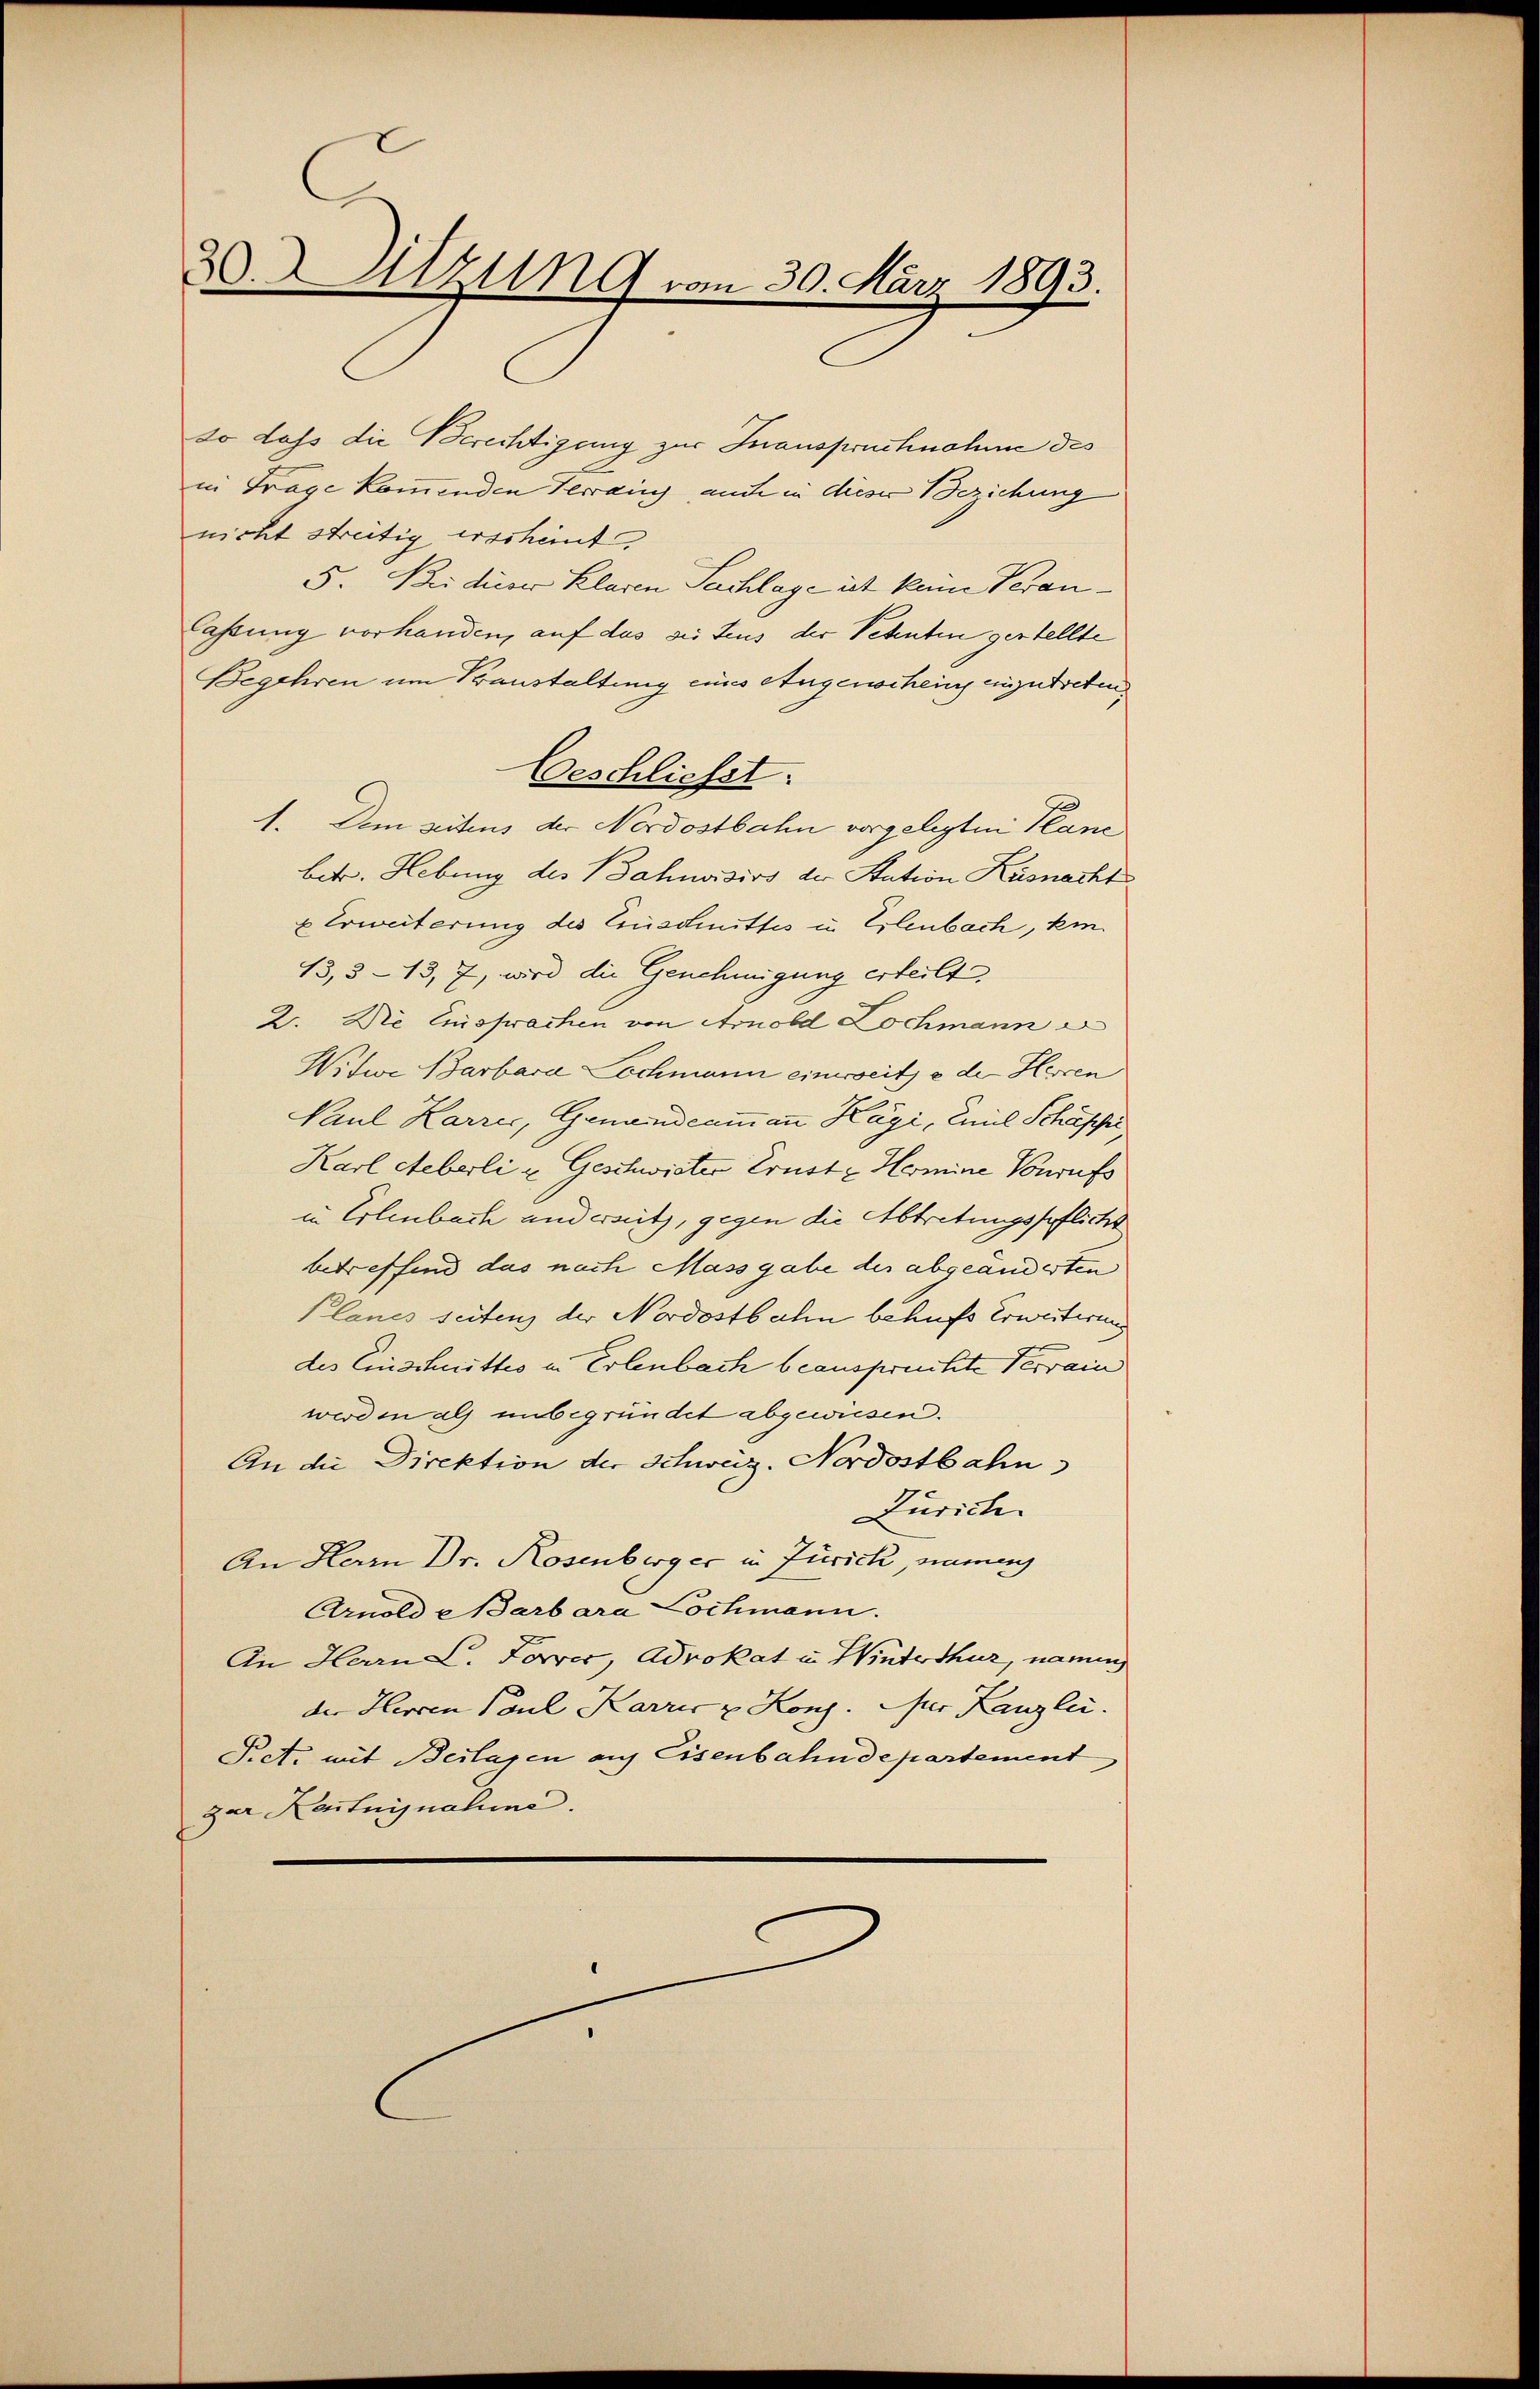
30. Sitzung vom 30. März 1893.

so dass die Berechtigung zur Inanspruchnahme des
in Frage kommenden Terrain auch in dieser Beziehung
nicht streitig erscheint,
5. Bei dieser Klaren Sachlage ist kam Veranlassung vorhanden, auf das sie teus der Petenten gestellte
Begehren um Transtaltung eines Augenscheing einzutreten,
Geschliesst.
1. Dem seitens der Nordostbahn vorgelegten Plane
betr. Hebung des Bahnvisivs der Station Küsnacht
u Erweiterung des Einschnittes in Erlenbach, kin
13,3-13, 7, wird die Genehmigung erteilt,
2. Die Einsprachen von Arnold Lochmann
Witwe Barbara Lochmann einereite der Herren
Paul Karrer, Genandeammann Kägi, Emil Schäppi,
Karl Steberli u. Geschwister Ernste Hermine Vorrufs
in Erlenbach anderseitz, gegen die Abtretungspflicht
betreffend das nach Massgabe der abgeänderten
Planes seiten der Nordostbahn behufs Erweiterung
des Einschnittes in Erlenbach beanspruchte Terrain
wird in als unbegründet abgewiesen.
An die Direktion der Schweiz. Nordostbahn
Zürich.
An Herrn Dr. Rosenberger in Zürich, einach
Arnold Barbara Lochmann.
An Herrn L. Forrer, Advokat in Winterthur, namen
der Herren Paul Karris u Kong. Der Kanzlei.
Piet. mit Beilagen auf Eisenbahndepartement
zar Kaitnisnahme.